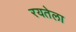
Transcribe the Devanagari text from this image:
रयतेला